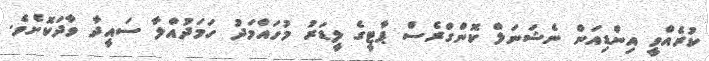
ކުރެއްވީ އިންޑިއަން ނެޝަނަލް ކޮންގްރެސް ޕާޓީގެ ލީޑަރު މުހައްމަދު ހަމަދުއްލާ ސައީދާ ވާދަކޮށެވެ.